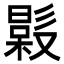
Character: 𣚤